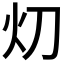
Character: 灱